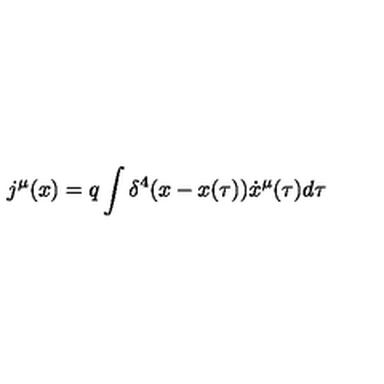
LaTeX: j ^ { \mu } ( x ) = q \int { \delta ^ { 4 } ( x - x ( \tau ) ) \dot { x } ^ { \mu } ( \tau ) d \tau }